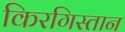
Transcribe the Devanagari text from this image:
किरगिस्तान